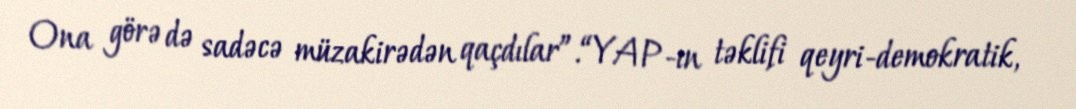
Ona görə də sadəcə müzakirədən qaçdılar”.“YAP-ın təklifi qeyri-demokratik,